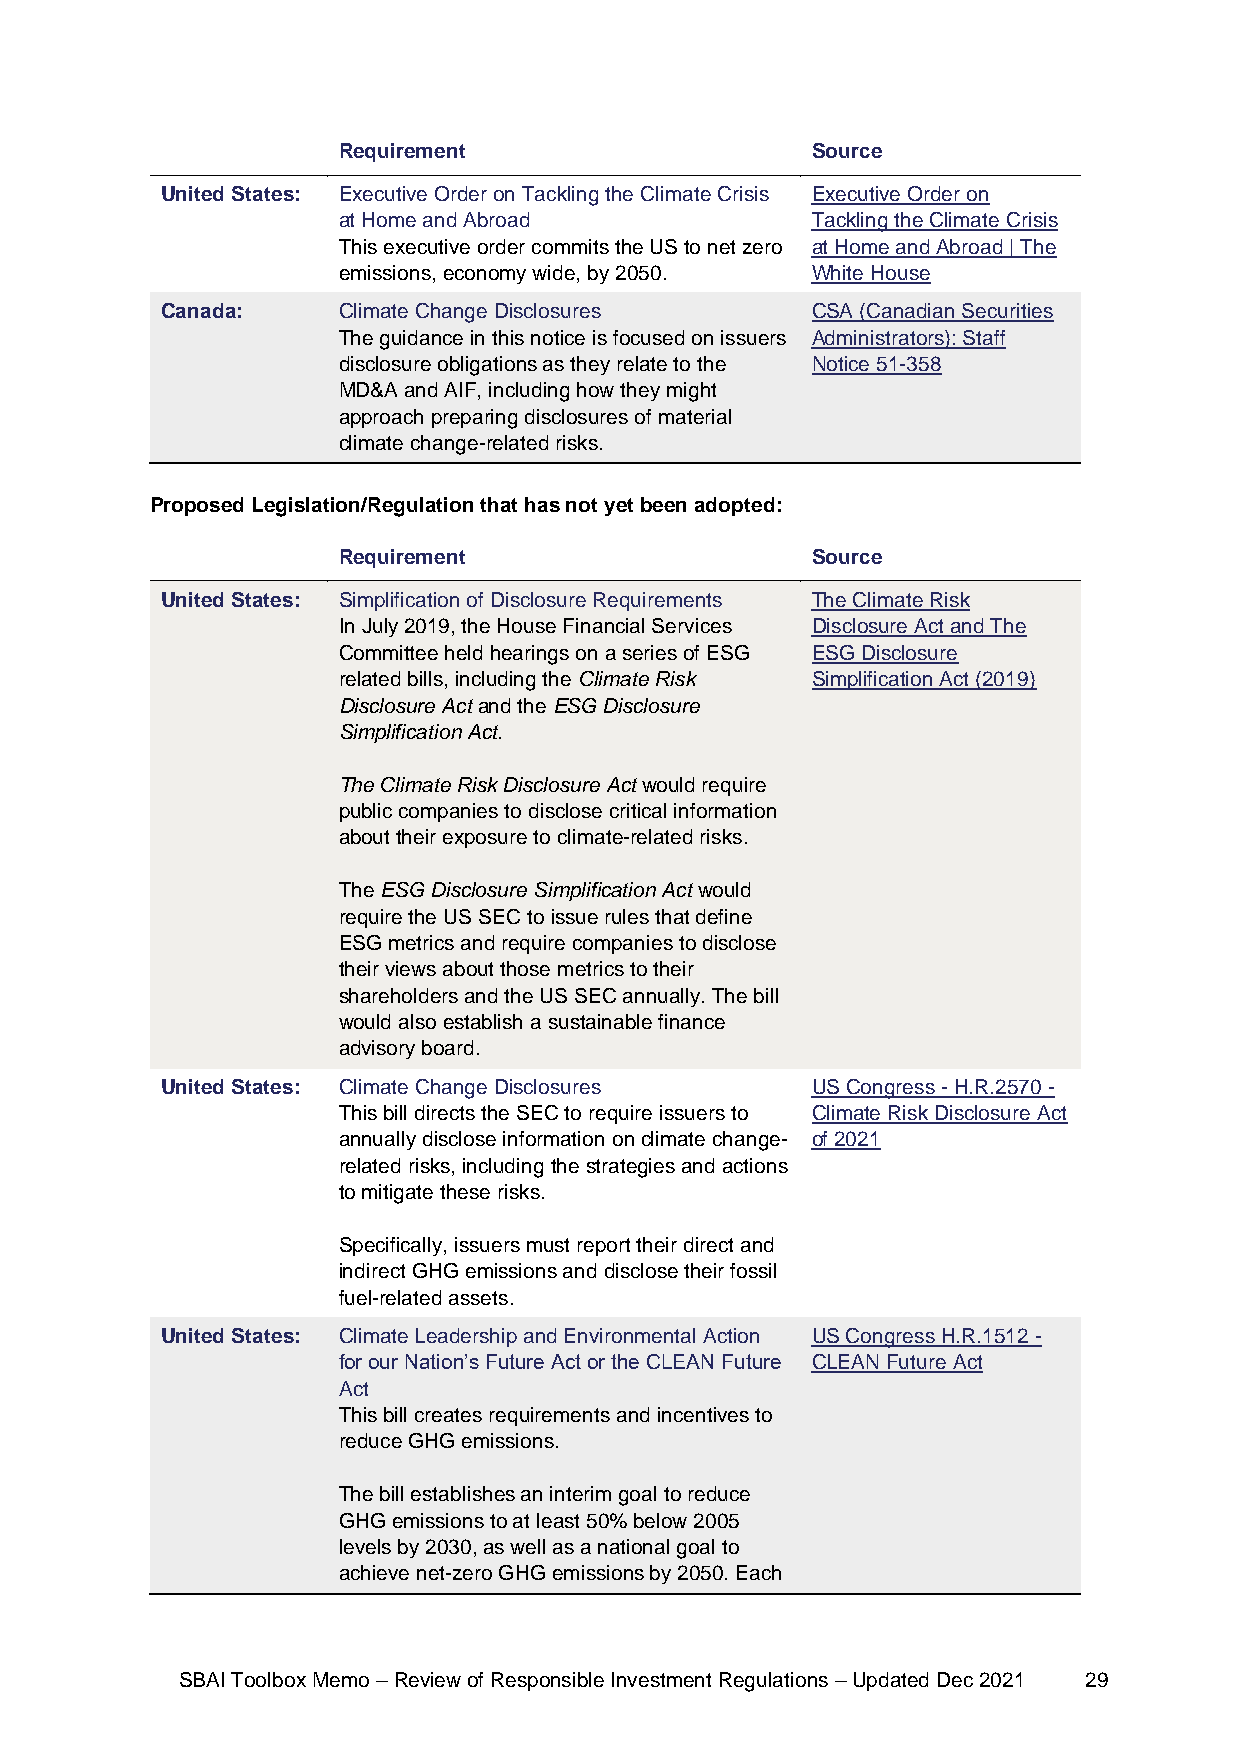
Requirement                     Source
 United States: Executive Order on Tackling the Climate Crisis Executive Order on
 at Home and Abroad              Tackling the Climate Crisis
 This executive order commits the US to net zero at Home and Abroad | The
 emissions, economy wide, by 2050. White House
 Canada:    Climate Change Disclosures      CSA (Canadian Securities
 The guidance in this notice is focused on issuers Administrators): Staff
 disclosure obligations as they relate to the Notice 51-358
 MD&A and AIF, including how they might
 approach preparing disclosures of material
 climate change-related risks.
 Proposed Legislation/Regulation that has not yet been adopted:
 Requirement                     Source
 United States: Simplification of Disclosure Requirements The Climate Risk
 In July 2019, the House Financial Services Disclosure Act and The
 Committee held hearings on a series of ESG ESG Disclosure
 related bills, including the Climate Risk Simplification Act (2019)
 Disclosure Act and the ESG Disclosure
 Simplification Act.
 The Climate Risk Disclosure Act would require
 public companies to disclose critical information
 about their exposure to climate-related risks.
 The ESG Disclosure Simplification Act would
 require the US SEC to issue rules that define
 ESG metrics and require companies to disclose
 their views about those metrics to their
 shareholders and the US SEC annually. The bill
 would also establish a sustainable finance
 advisory board.
 United States: Climate Change Disclosures  US Congress - H.R.2570 -
 This bill directs the SEC to require issuers to Climate Risk Disclosure Act
 annually disclose information on climate change- of 2021
 related risks, including the strategies and actions
 to mitigate these risks.
 Specifically, issuers must report their direct and
 indirect GHG emissions and disclose their fossil
 fuel-related assets.
 United States: Climate Leadership and Environmental Action US Congress H.R.1512 -
 for our Nation’s Future Act or the CLEAN Future CLEAN Future Act
 Act
 This bill creates requirements and incentives to
 reduce GHG emissions.
 The bill establishes an interim goal to reduce
 GHG emissions to at least 50% below 2005
 levels by 2030, as well as a national goal to
 achieve net-zero GHG emissions by 2050. Each
 SBAI Toolbox Memo – Review of Responsible Investment Regulations – Updated Dec 2021 29